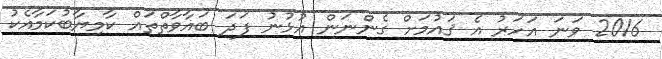
2016 ވަނަ އަހަރު އެ ޤައުމަށް ގެންނަން އުޅުނު ފަދަ ބަޣާވާތްތައް ކާމިޔާބުކަމާއެކު